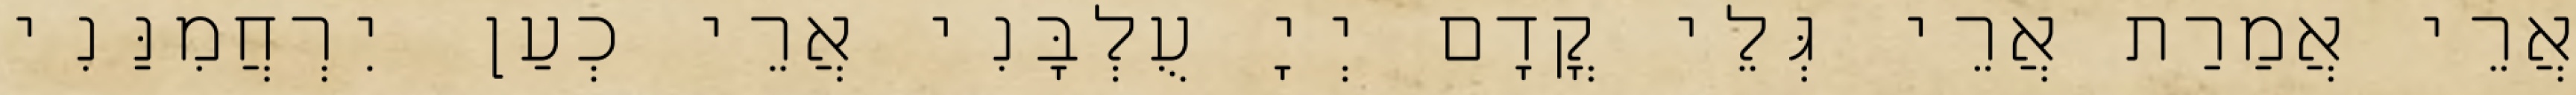
אֲרֵי אֲמַרַת אֲרֵי גְּלֵי קֳדָם יְיָ עֻלְבָּנִי אֲרֵי כְעַן יִרְחֲמִנַּנִי